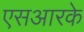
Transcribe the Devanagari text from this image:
एसआरके